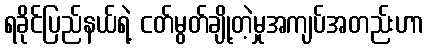
ရခိုင်ပြည်နယ်ရဲ့ ငတ်မွတ်ချို့တဲ့မှုအကျပ်အတည်းဟာ